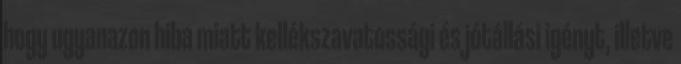
hogy ugyanazon hiba miatt kellékszavatossági és jótállási igényt, illetve